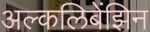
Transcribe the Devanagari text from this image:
अल्कलिबेंझिन